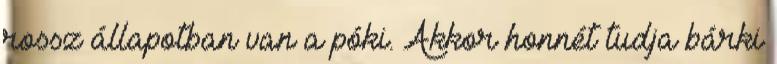
rossz állapotban van a póki. Akkor honnét tudja bárki